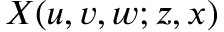
X ( u , v , w ; z , x )